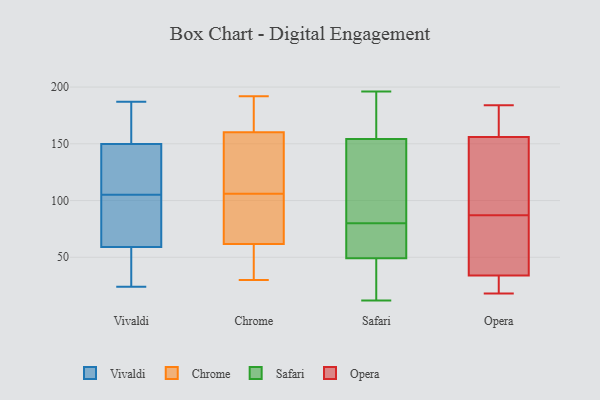
{"axis": {"x": "Bounce Rate (%)", "y": "Value"}, "legend": ["Chrome", "Opera", "Safari", "Vivaldi"], "data": [{"x": "", "y": 116, "type": "Vivaldi"}, {"x": "", "y": 44, "type": "Vivaldi"}, {"x": "", "y": 82, "type": "Vivaldi"}, {"x": "", "y": 114, "type": "Vivaldi"}, {"x": "", "y": 105, "type": "Vivaldi"}, {"x": "", "y": 153, "type": "Vivaldi"}, {"x": "", "y": 24, "type": "Vivaldi"}, {"x": "", "y": 138, "type": "Vivaldi"}, {"x": "", "y": 65, "type": "Vivaldi"}, {"x": "", "y": 159, "type": "Vivaldi"}, {"x": "", "y": 49, "type": "Vivaldi"}, {"x": "", "y": 86, "type": "Vivaldi"}, {"x": "", "y": 57, "type": "Vivaldi"}, {"x": "", "y": 162, "type": "Vivaldi"}, {"x": "", "y": 40, "type": "Vivaldi"}, {"x": "", "y": 75, "type": "Vivaldi"}, {"x": "", "y": 140, "type": "Vivaldi"}, {"x": "", "y": 187, "type": "Vivaldi"}, {"x": "", "y": 180, "type": "Vivaldi"}, {"x": "", "y": 119, "type": "Chrome"}, {"x": "", "y": 106, "type": "Chrome"}, {"x": "", "y": 30, "type": "Chrome"}, {"x": "", "y": 47, "type": "Chrome"}, {"x": "", "y": 172, "type": "Chrome"}, {"x": "", "y": 175, "type": "Chrome"}, {"x": "", "y": 64, "type": "Chrome"}, {"x": "", "y": 130, "type": "Chrome"}, {"x": "", "y": 103, "type": "Chrome"}, {"x": "", "y": 165, "type": "Chrome"}, {"x": "", "y": 44, "type": "Chrome"}, {"x": "", "y": 99, "type": "Chrome"}, {"x": "", "y": 192, "type": "Chrome"}, {"x": "", "y": 146, "type": "Chrome"}, {"x": "", "y": 61, "type": "Chrome"}, {"x": "", "y": 189, "type": "Safari"}, {"x": "", "y": 31, "type": "Safari"}, {"x": "", "y": 168, "type": "Safari"}, {"x": "", "y": 139, "type": "Safari"}, {"x": "", "y": 196, "type": "Safari"}, {"x": "", "y": 128, "type": "Safari"}, {"x": "", "y": 80, "type": "Safari"}, {"x": "", "y": 151, "type": "Safari"}, {"x": "", "y": 71, "type": "Safari"}, {"x": "", "y": 60, "type": "Safari"}, {"x": "", "y": 90, "type": "Safari"}, {"x": "", "y": 164, "type": "Safari"}, {"x": "", "y": 53, "type": "Safari"}, {"x": "", "y": 68, "type": "Safari"}, {"x": "", "y": 12, "type": "Safari"}, {"x": "", "y": 38, "type": "Safari"}, {"x": "", "y": 18, "type": "Safari"}, {"x": "", "y": 184, "type": "Opera"}, {"x": "", "y": 69, "type": "Opera"}, {"x": "", "y": 40, "type": "Opera"}, {"x": "", "y": 177, "type": "Opera"}, {"x": "", "y": 18, "type": "Opera"}, {"x": "", "y": 139, "type": "Opera"}, {"x": "", "y": 28, "type": "Opera"}, {"x": "", "y": 137, "type": "Opera"}, {"x": "", "y": 101, "type": "Opera"}, {"x": "", "y": 25, "type": "Opera"}, {"x": "", "y": 73, "type": "Opera"}, {"x": "", "y": 156, "type": "Opera"}, {"x": "", "y": 162, "type": "Opera"}, {"x": "", "y": 34, "type": "Opera"}]}